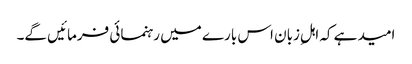
امید ہے کہ اہلِ زبان اس بارے میں رہنمائی فرمائیں گے۔